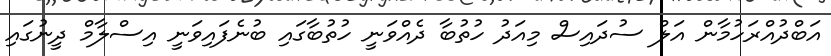
އަބްދުއްރަހުމާން އަލް ސުދައިސް މިއަދު ހުތުބާ ދެއްވަނީ ހުތުބާގައި ބުނެފައިވަނީ އިސްލާމް ދީނުގައި